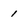
Character: 1